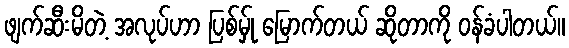
ဖျက်ဆီးမိတဲ့ အလုပ်ဟာ ပြစ်မ်ှု မြောက်တယ် ဆိုတာကို ဝန်ခံပါတယ်။